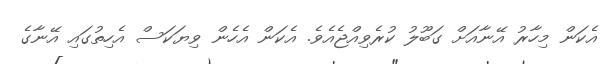
އެކަން މިހާރު އޭނާއަށް ގަބޫލު ކުރެވިއްޖެއެވެ. އެކަން އެހެން ވިޔަކަސް އެހިތުގައި އޭނާގެ